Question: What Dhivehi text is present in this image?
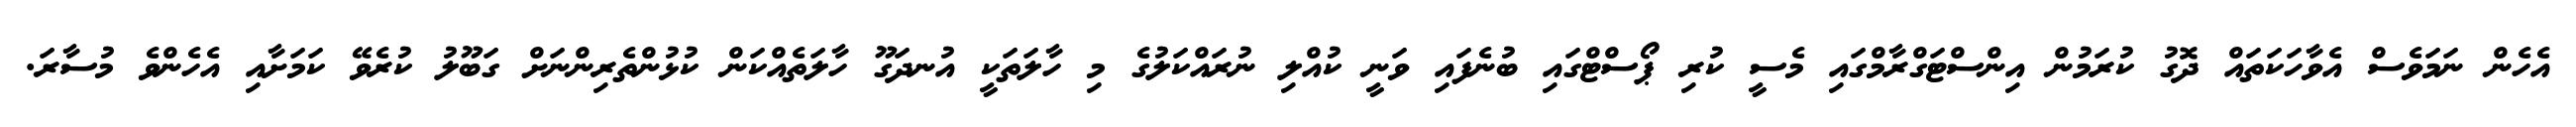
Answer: އެހެން ނަމަވެސް އެވާހަކަތައް ދޮގު ކުރަމުން އިންސްޓަގްރާމްގައި މެސީ ކުރި ޕޯސްޓްގައި ބުނެފައި ވަނީ ކުއްލި ނުރައްކަލުގެ މި ހާލަތަކީ އުނދަގޫ ހާލަތެއްކަން ކުޅުންތެރިންނަށް ގަބޫލު ކުރެވޭ ކަމަށާއި އެހެންވެ މުސާރަ.